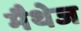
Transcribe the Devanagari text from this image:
मैथेज